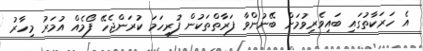
އެ ހަރަކާތުގައި ބައިވެރިވުމަށް ބޭނުންވާ ފަރާތްތަކުން ފުރިހަމަ ކުރަންޖެހޭ ފޯމެއް އުމަރު މިހާރު